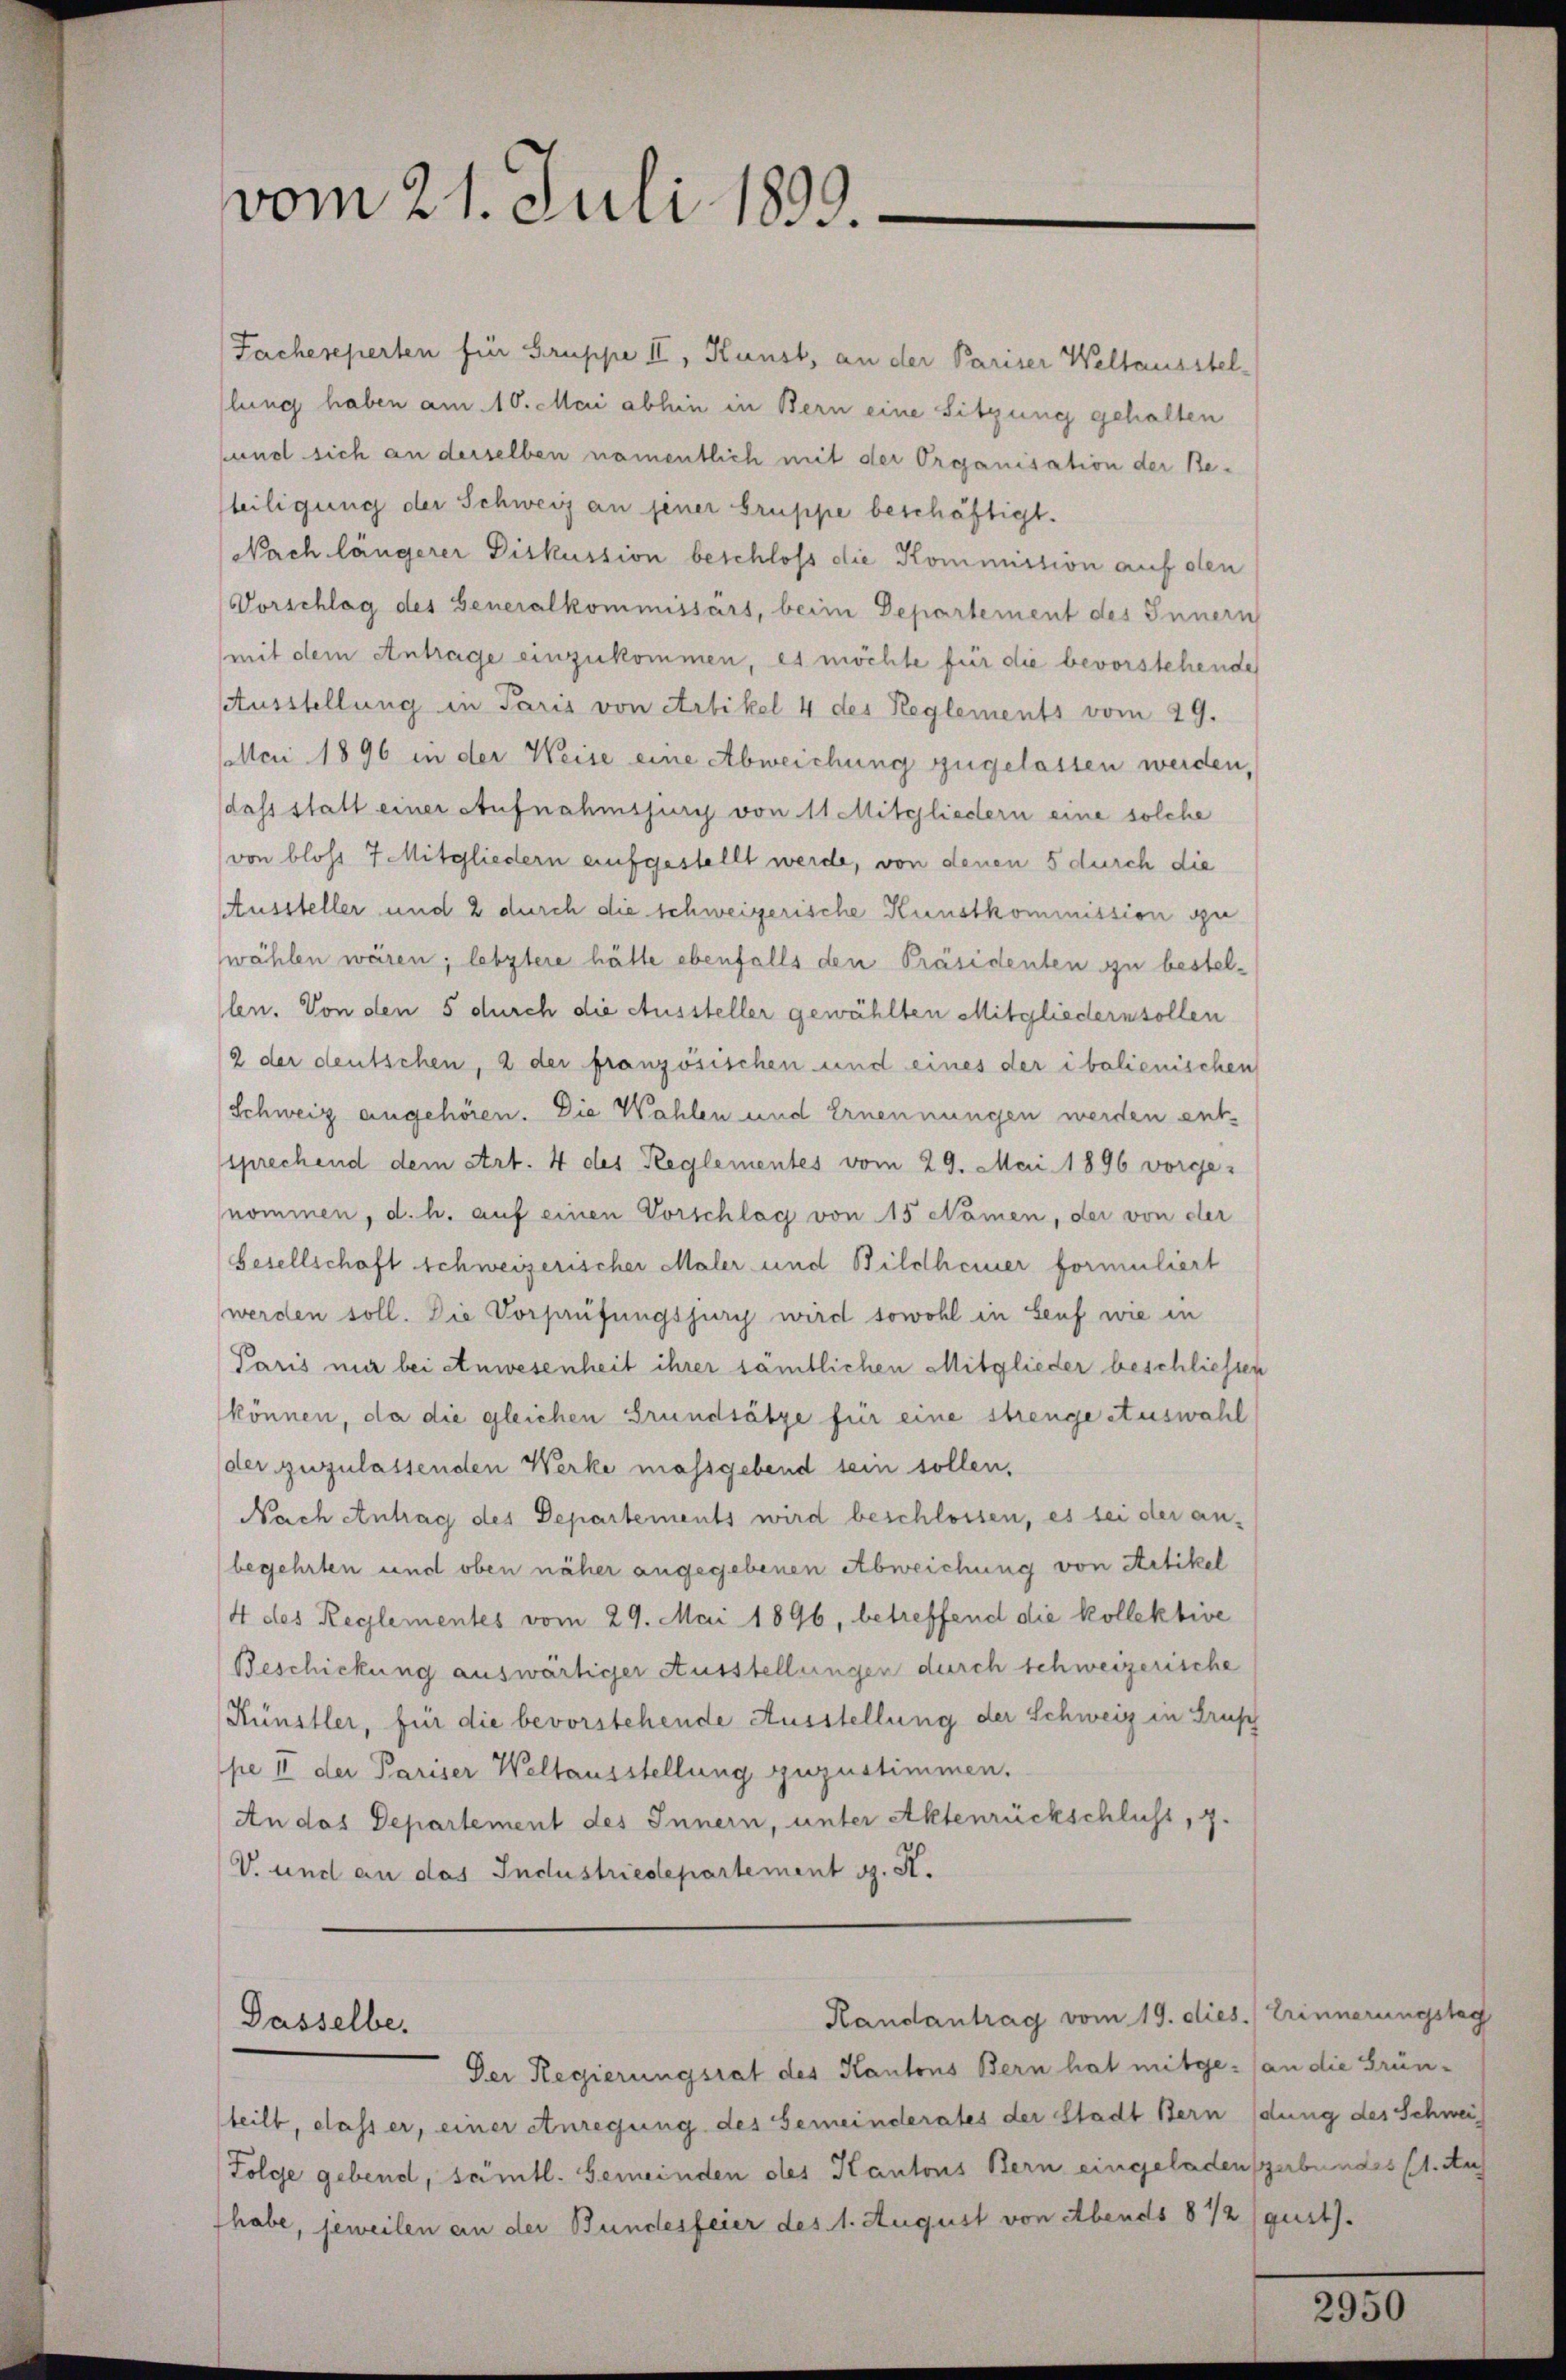
vom 21. Juli 1899.

Fachereperten für Gruppe II, Kunst, an der Pariser Weltausstel
lung haben am 10. Mai abhin in Bern eine Sitzung gehalten
fund sich an derselben namentlich mit der Organisation der Reteiligung der Schweiz an jener Gruppe beschäftigt.
Nach längerer Diskussion beschloss die Kommission auf den
Vorschlag des Generalkommissärs, beim Departement des Innern
mit dem Antrage einzukommen, es möchte für die bevorstehende
Ausstellung in Paris von Artikel 4 des Reglements vom 29.
lcii 1896 in der Weise eine Abweichung zugelassen werden,
dass statt einer Aufnahmsjury von 11 Mitgliedern eine solche
von bloss 7 Mitgliedern aufgestellt werde, von denen 5 durch die
Aussteller und 2 durch die schweizerische Kunstkommission gewählen wären; letztere hätte ebenfalls den Präsidenten zu bestellen. Von den 5 durch die Aussteller gewählten Mitgliedern sollen
2 der deutschen, 2 der französischen und eines der ibalienischen
Schweiz angehören. Die Wahlen und Ernennungen werden entssprechend dem Art. 4 des Reglementes vom 29. Mai 1896 vorgenommen, d. h. auf einen Vorschlag von 15 Namen, der von der
Besellschaft schweizerischer Maler und Bildheiner formuliert
werden soll. Die Vorprüfungsjury wird sowohl in Senf wie in
Paris mir bei Anwesenheit ihrer sämtlichen Mitglieder beschliessen
können, da die gleichen Grundsätze für eine strenge Auswahl
der zuzulassenden Werke massgebend sein sollen,
Nach Antrag des Departements wird beschlossen, es sei der an-
begehrten und oben näher angegebenen Abweichung von Artikel
4 des Reglementes vom 29. Mai 1896, betreffend die kollektive
Beschickung auswärtiger Ausstellungen durch schweizerische
Künstler, für die bevorstehende Ausstellung der Schweiz in Drusch
pe II der Pariser Weltausstellung zuzustimmen.
An das Departement des Innern, unter Aktenrückschlis, z.
V. und an das Industriedepartement d. R.

Gasselbe.

Handantrag vom 19. dies. Erinnerungstag

Der Regierungsrat des Kantons Bern hat mitge- (an die Grün-
teilt, dass er, einer euregung des Gemeinderates der Stadt Bern (dung des Schweiz
Folge gebend, sämtl. Gemeinden des Kantons Bern eingeladengerbundes (1. Au
habe, jeweilen an der Bundesfeier des 1. August von Abends 812 gust).

2950